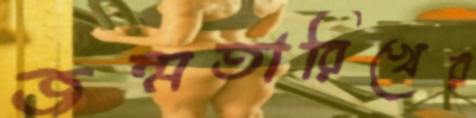
জন্মতারিখের